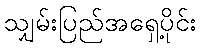
သျှမ်းပြည်အရှေ့ပိုင်း